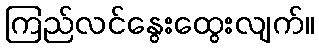
ကြည်လင်နွေးထွေးလျက်။